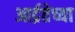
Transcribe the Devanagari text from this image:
आर्द्रतेच्या